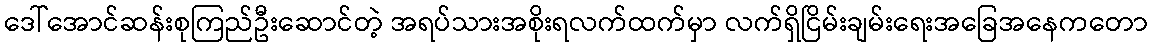
ဒေါ်အောင်ဆန်းစုကြည်ဦးဆောင်တဲ့ အရပ်သားအစိုးရလက်ထက်မှာ လက်ရှိငြိမ်းချမ်းရေးအခြေအနေကတော